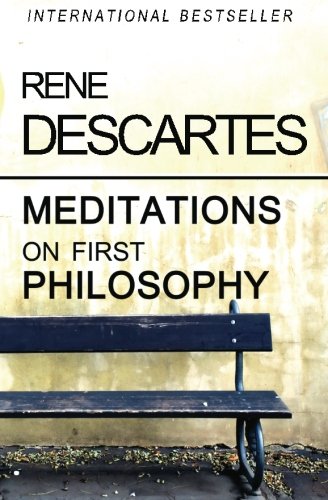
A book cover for Meditations on First Philosophy; Rene Descartes; Politics & Social Sciences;